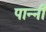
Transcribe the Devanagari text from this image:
पान्नी